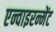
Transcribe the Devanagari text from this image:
एन्वाइरन्मेंट